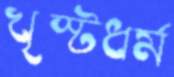
খৃস্টধর্ম